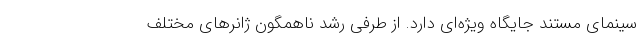
سینمای مستند جایگاه ویژه‌ای دارد. از طرفی رشد ناهمگون ژانرهای مختلف